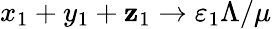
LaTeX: x_{1}+y_{1}+\mathbf{z}_{1}\to\varepsilon_{1}\Lambda/\mu